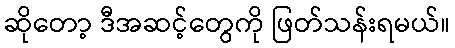
ဆိုတော့ ဒီအဆင့်တွေကို ဖြတ်သန်းရမယ်။